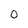
Character: o